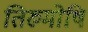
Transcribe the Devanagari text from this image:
तिरुमोषि